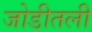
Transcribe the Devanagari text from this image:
जोडीतली